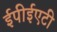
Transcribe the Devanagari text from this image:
ईपीईएटी